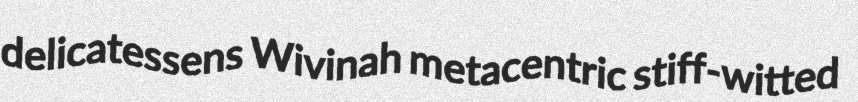
delicatessens Wivinah metacentric stiff-witted